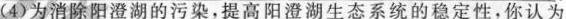
(4)为消除阳澄湖的污染，提高阳澄湖生态系统的稳定性，你认为